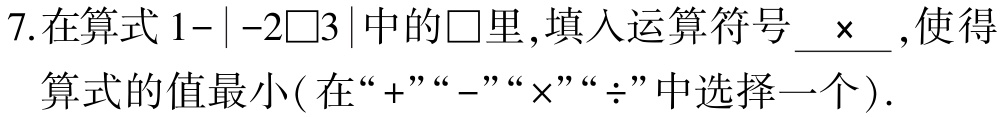
7.在算式\(1-|-2\square3|\)中的\(\square\)里,填入运算符号___,使得算式的值最小(在“\(+\)”“\(-\)”“\(\times\)”“\(\div\)”中选择一个).